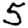
Digit: 5